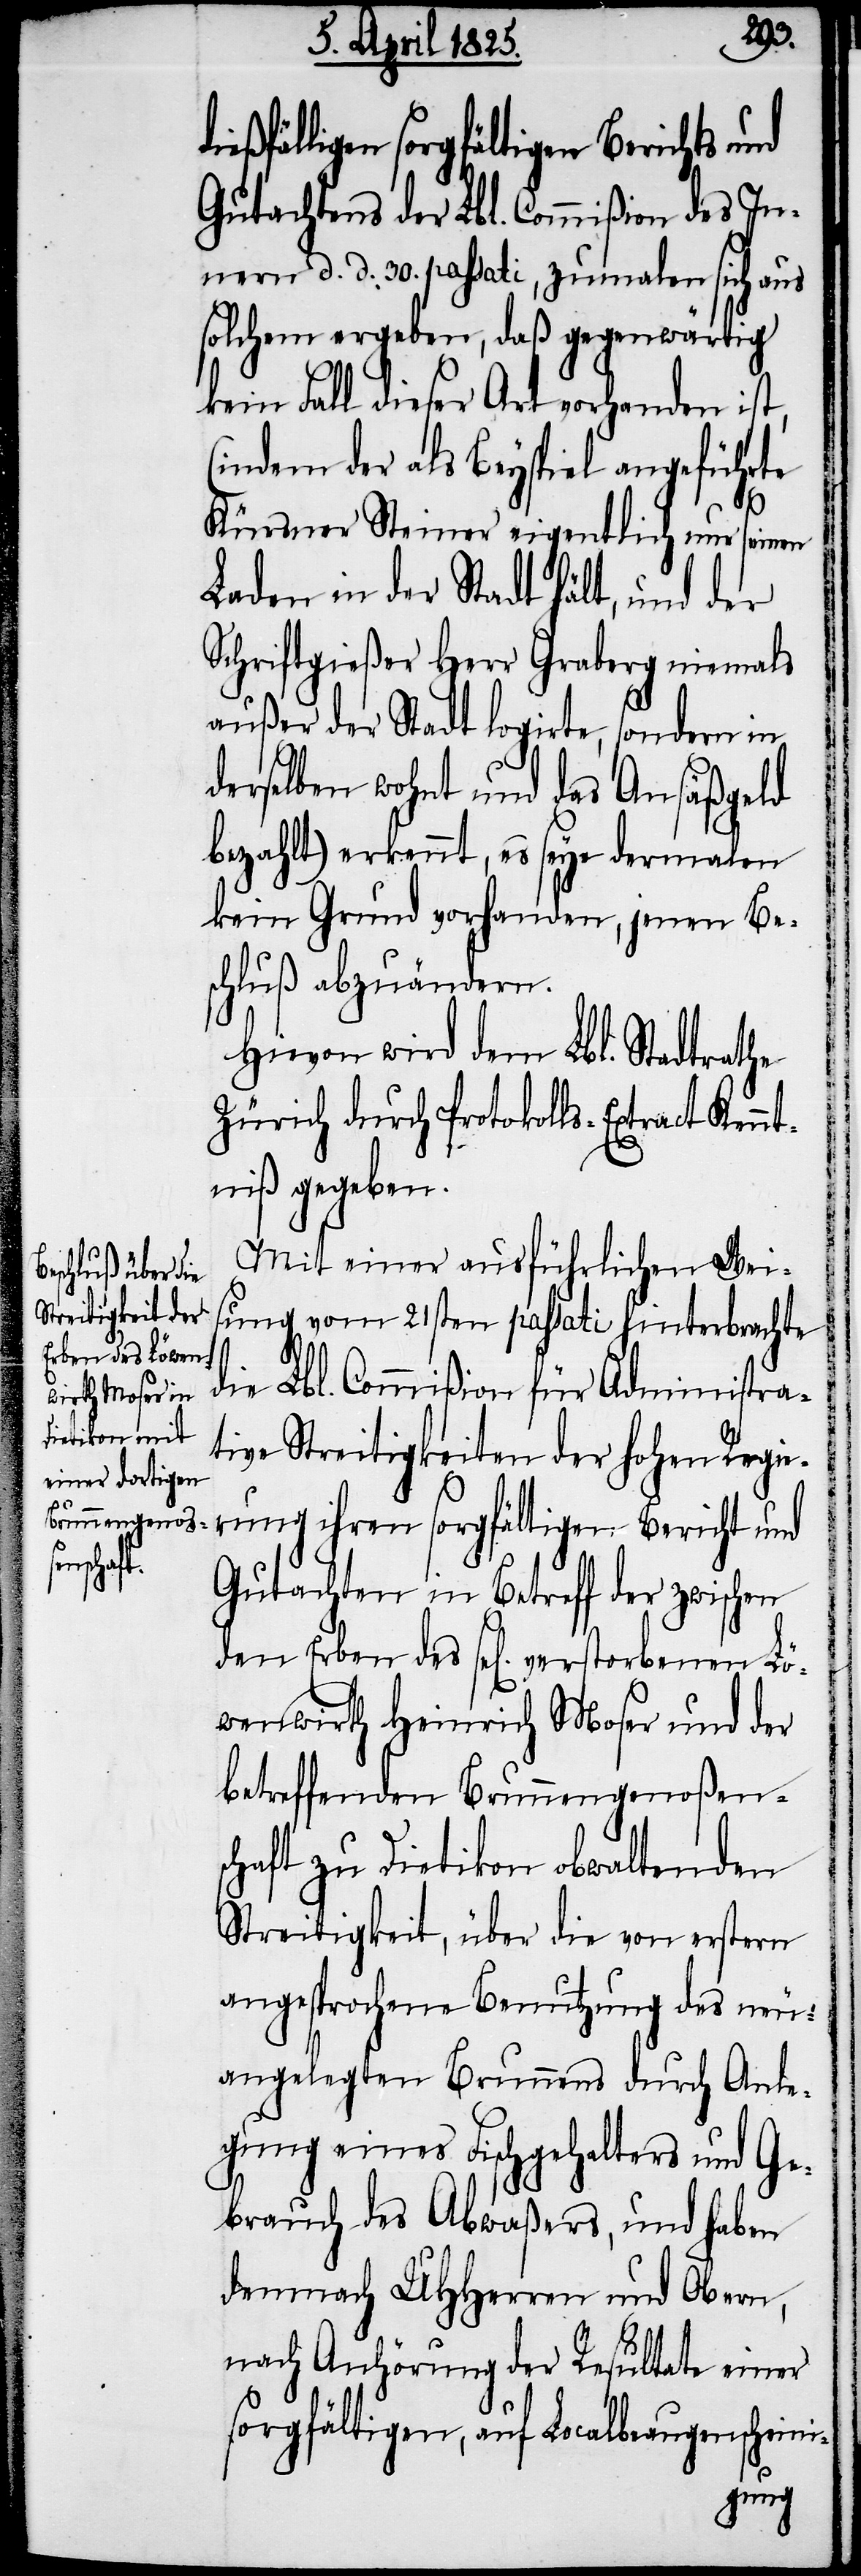
i-
fälligen sorgfältigen Berichts und
Gutachtens der Lbl. Commißion des In¬
nern d. d. 30. passati, zumalen sich aus
solchem ergeben, daß gegenwärtig
kein Fall dieser Art vorhanden ist,
(indem der als Beyspiel angeführte
Kürsner Steiner eigentlich nur seinen
Laden in der Stadt hält, und der
Schriftgießer Herr Graberg niemals
außer der Stadt logirte, sondern in
derselben wohnt und das Ansäßgeld
bezahlt) erkennt, es seye dermalen
kein Grund vorhanden, jenen Bes¬
chluß abzuändern.
Hievon wird dem Lbl. Stadtrathe
Zürich durch Protokolls-Extract Kennt¬
niß gegeben.
Mit einer ausführlichen Weis¬
ung vom 21sten passati hinterbrachte
die Lbl. Commißion für Administra¬
tive Streitigkeiten der hohen Regie¬
rung ihren sorgfältigen Bericht und
Gutachten in Betreff der zwischen
den Erben des sel[ig] verstorbenen Lö¬
wenwirth Heinrich Moser und der
betreffenden Brunnengenoßens¬
chaft zu Dietikon obwaltenden
Streitigkeit, über die von erstern
angesprochene Benutzung des neu¬
angelegten Brunnens durch Anle¬
gung eines Fischgehalters und Ge¬
brauch des Abwaßers, und haben
demnach UHHerren und Obern,
nach Anhörung der Resultate einer
sorgfältigen, auf Localbeaugenschein¬